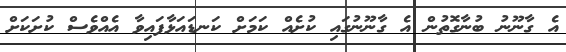
އެ ގާނޫނު ބުނާގޮތުން އެ ގާނޫނުގައި ކުށެއް ކަމަށް ކަނޑައަޅާފައިވާ އެއްވެސް ކުށަކަށް